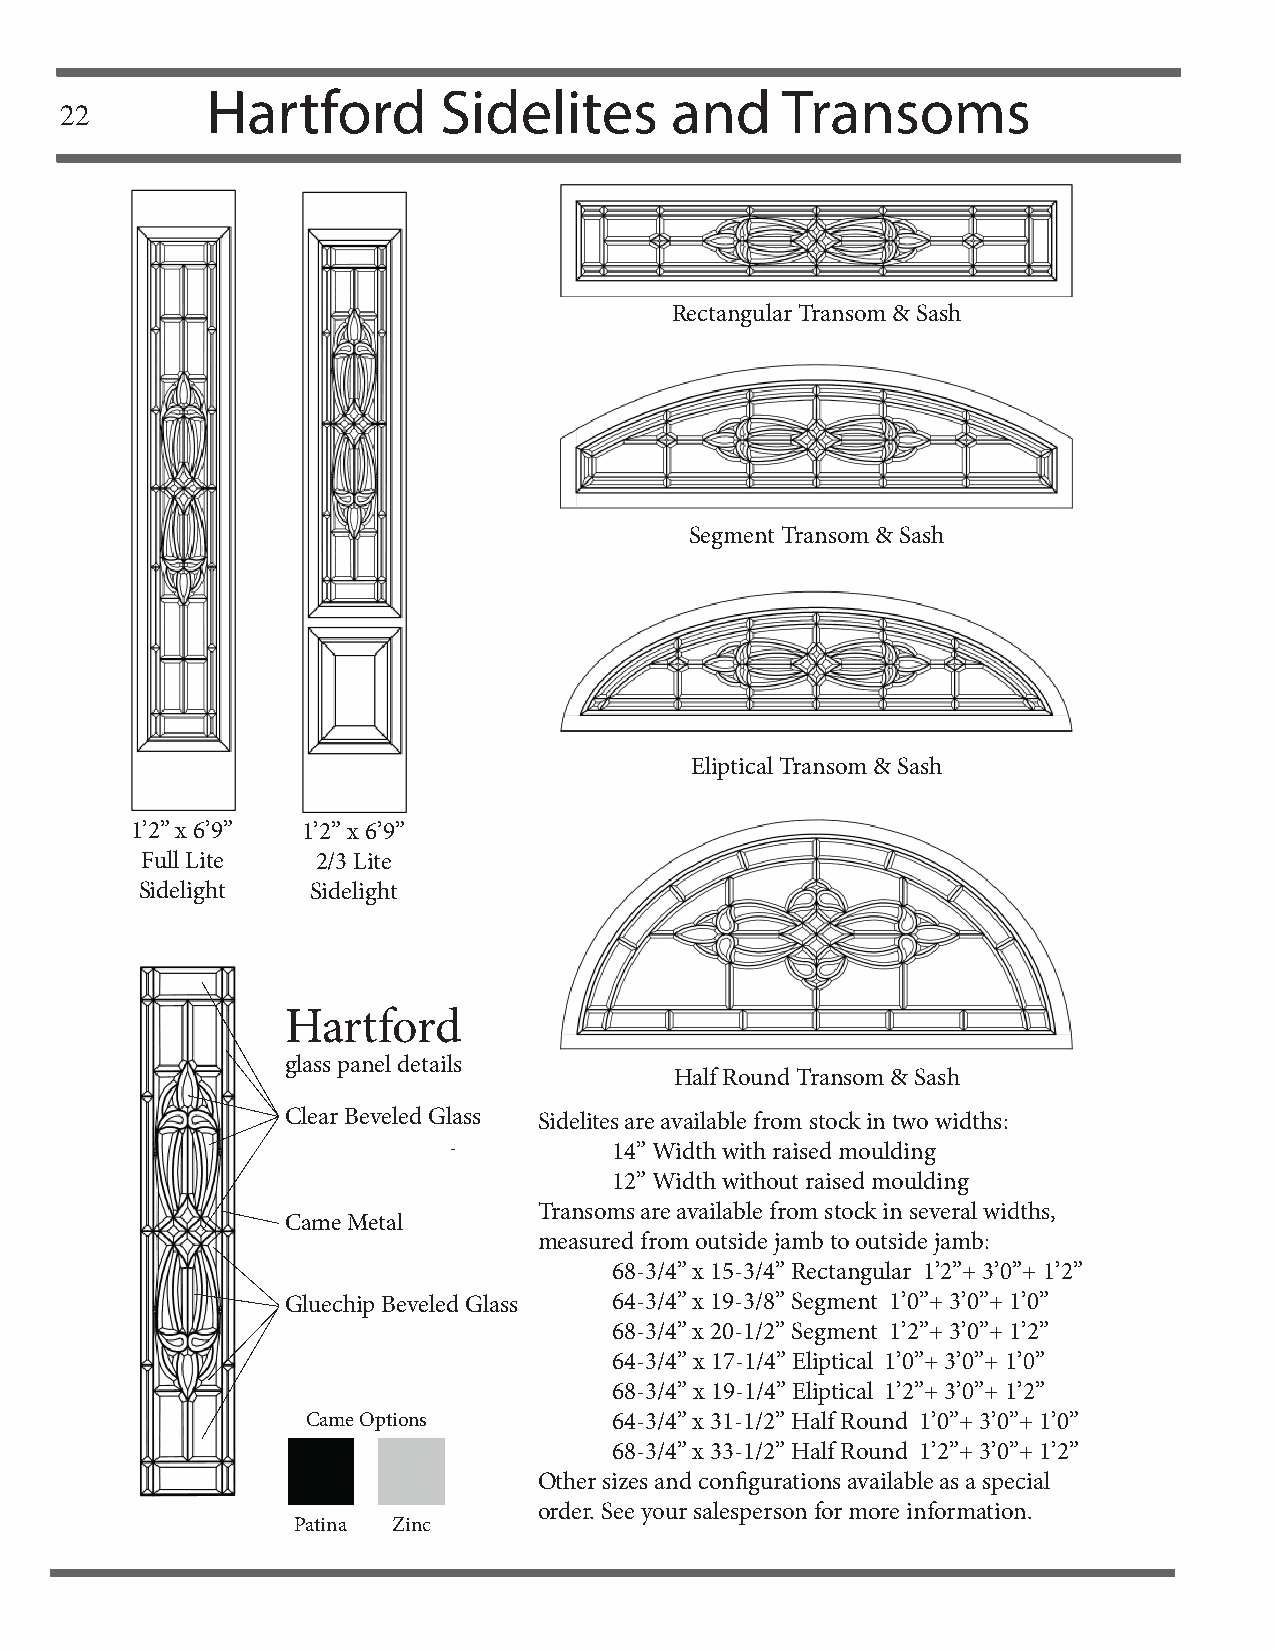
Hartford       Sidelites      and     Transoms
 22
 Rectangular Transom & Sash
 Segment Transom & Sash
 Eliptical Transom & Sash
 1’2” x 6’9” 1’2” x 6’9”
 Full Lite   2/3 Lite
 Sidelight   Sidelight
 Hartford
 glass panel details
 Half Round Transom & Sash
 Clear Beveled Glass Sidelites are available from stock in two widths:
 14” Width with raised moulding
 12” Width without raised moulding
 Transoms are available from stock in several widths,
 Came Metal
 measured from outside jamb to outside jamb:
 68-3/4” x 15-3/4” Rectangular 1’2”+ 3’0”+ 1’2”
 Gluechip Beveled Glass 64-3/4” x 19-3/8” Segment 1’0”+ 3’0”+ 1’0”
 68-3/4” x 20-1/2” Segment 1’2”+ 3’0”+ 1’2”
 64-3/4” x 17-1/4” Eliptical 1’0”+ 3’0”+ 1’0”
 68-3/4” x 19-1/4” Eliptical 1’2”+ 3’0”+ 1’2”
 Came Options         64-3/4” x 31-1/2” Half Round 1’0”+ 3’0”+ 1’0”
 68-3/4” x 33-1/2” Half Round 1’2”+ 3’0”+ 1’2”
 Other sizes and confi gurations available as a special
 order. See your salesperson for more information.
 Patina Zinc